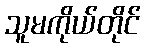
သူမကိုယ်တိုင်